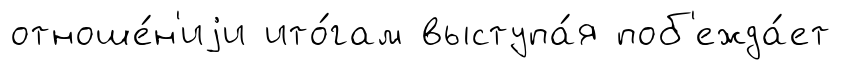
отноше́н'иjи ито́гам выступа́я поб'ежда́ет